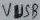
Text: VUSB